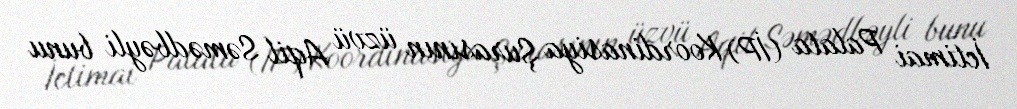
İctimai Palata (İP) Koordinasiya Şurasının üzvü Aqil Səmədbəyli bunu